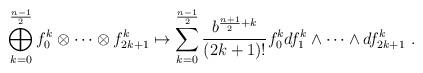
LaTeX: \begin{align*}\bigoplus_{k=0}^{\frac{n-1}{2}}f^{k}_{0}\otimes \dots \otimes f^{k}_{2k+1}\mapsto \sum_{k=0}^{\frac{n-1}{2}} \frac{ b^{\frac{n+1}{2}+k}}{(2k+1)!} f^{k}_{0}df^{k}_{1}\wedge \dots \wedge df^{k}_{2k+1}\ .\end{align*}